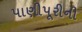
પાણીપૂરીની